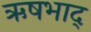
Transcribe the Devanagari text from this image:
ऋषभाद्